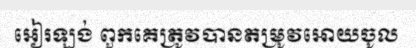
អៀរឡង់ ពួកគេត្រូវបានតម្រូវអោយចូល